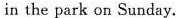
in the park on Sunday.